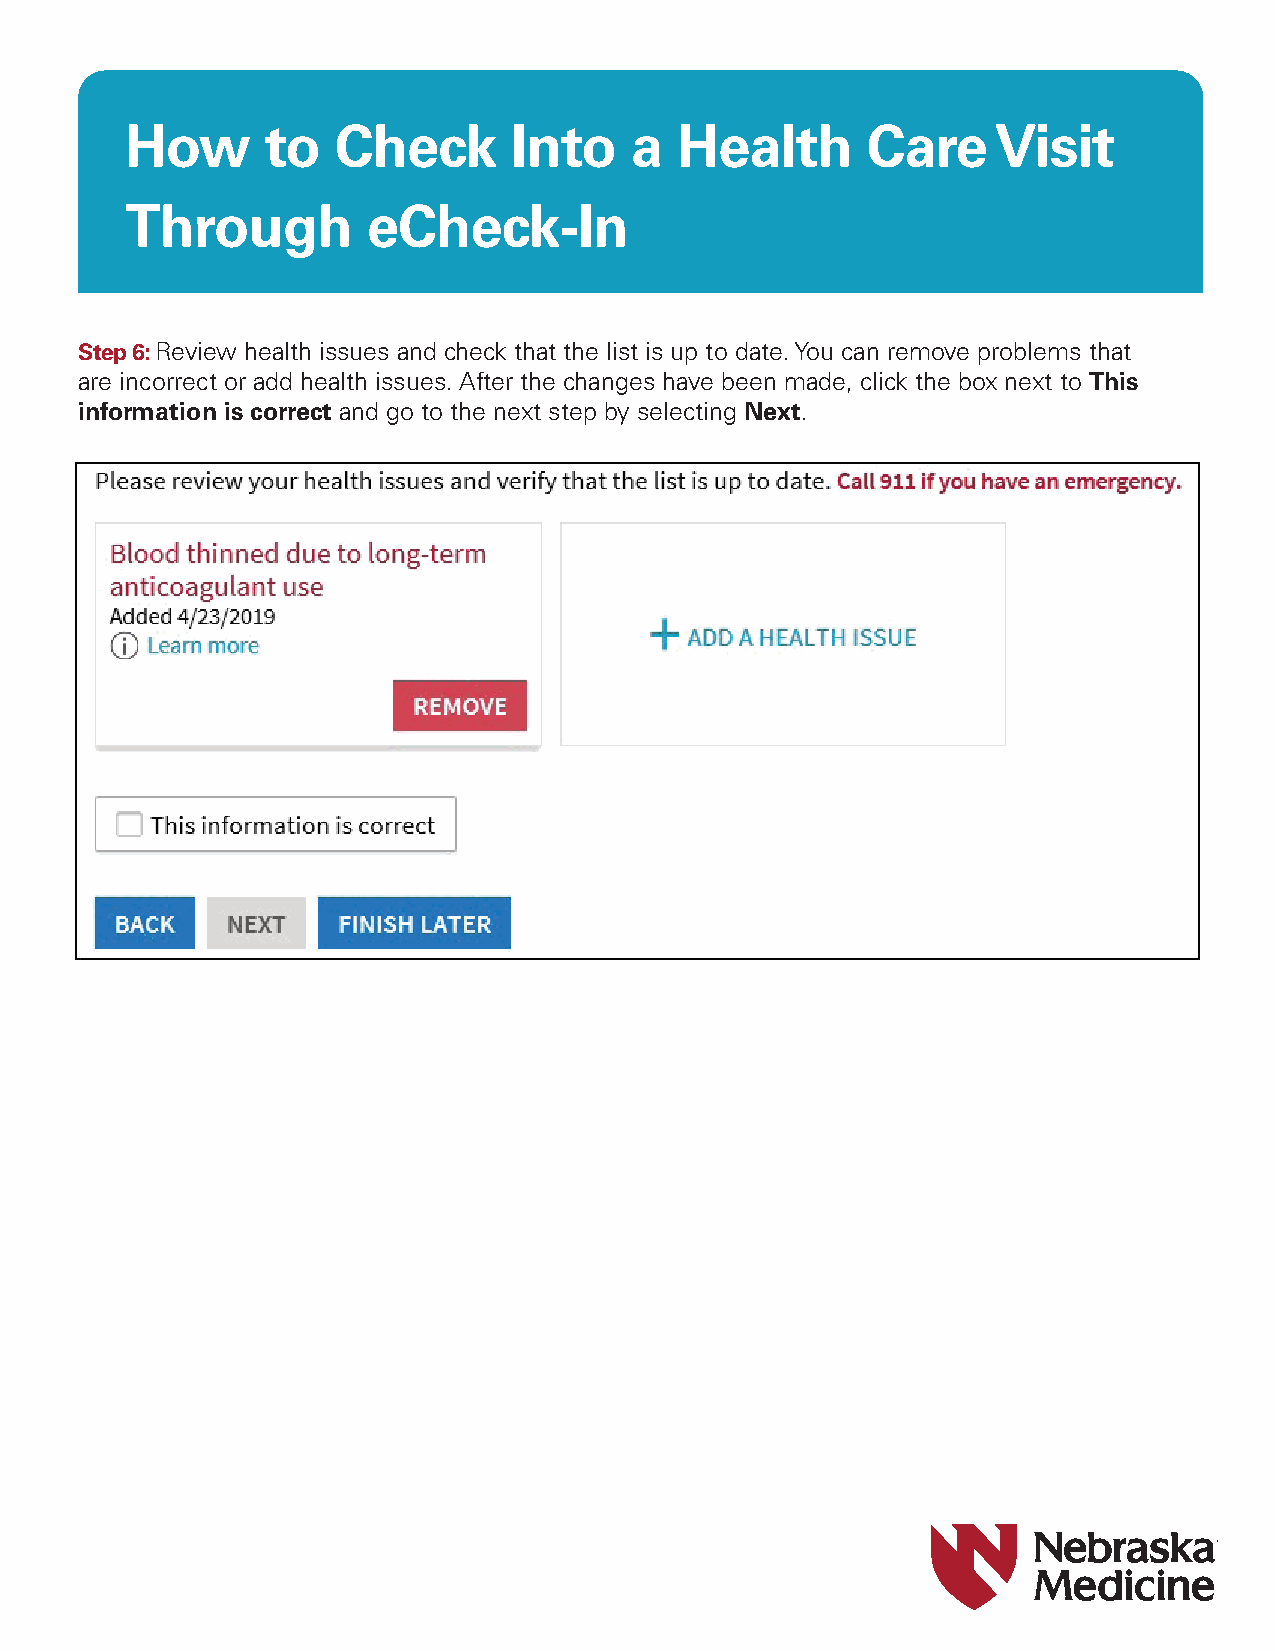
How       to  Check       Into    a  Health      Care     Visit
 Through         eCheck-In
 Step 6: Review health issues and check that the list is up to date. You can remove problems that
 are incorrect or add health issues. After the changes have been made, click the box next to This
 information is correct and go to the next step by selecting Next.